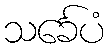
သင်္ခေပံ